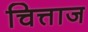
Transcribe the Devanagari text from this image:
चित्ताज